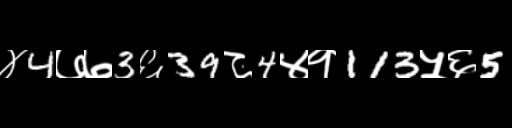
Text: ४4७७3६39८4४१113५६5